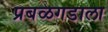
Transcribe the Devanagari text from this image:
प्रबळगडाला